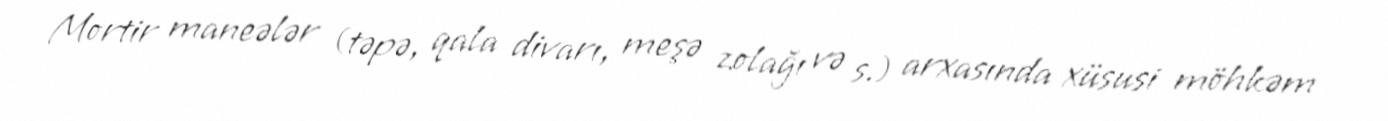
Mortir maneələr (təpə, qala divarı, meşə zolağı və s.) arxasında xüsusi möhkəm